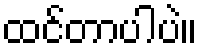
ထင်တာပါပဲ။